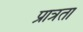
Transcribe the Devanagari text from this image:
प्रात्रता